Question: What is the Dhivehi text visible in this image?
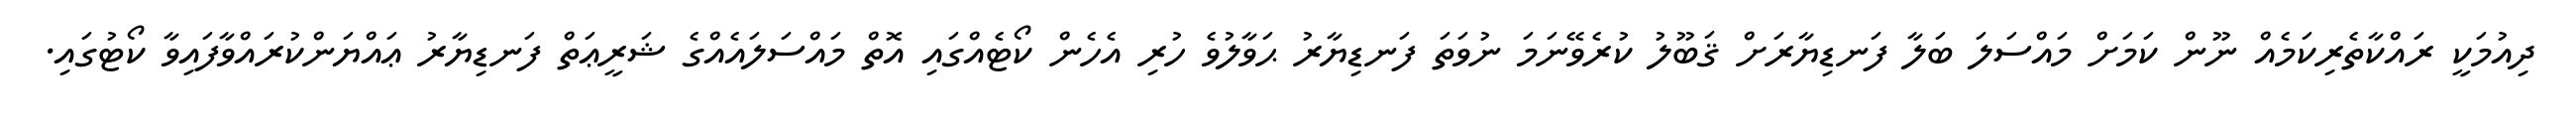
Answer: ދިއުމަކީ ރައްކާތެރިކަމެއް ނޫން ކަމަށް މައްސަލަ ބަލާ ފަނޑިޔާރަށް ޤަބޫލު ކުރެވޭނަމަ ނުވަތަ ފަނޑިޔާރު ޙަވާލުވެ ހުރި އެހެން ކޯޓެއްގައި އޮތް މައްސަލައެއްގެ ޝަރީޢަތް ފަނޑިޔާރު ޢައްޔަންކުރައްވާފައިވާ ކޯޓުގައި.